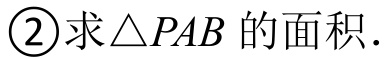
\textcircled{2}求\(\triangle PAB\)的面积.